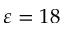
\varepsilon = 1 8